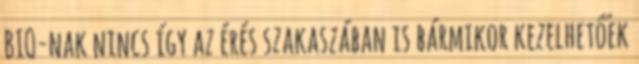
BIO-nak nincs így az érés szakaszában is bármikor kezelhetőek